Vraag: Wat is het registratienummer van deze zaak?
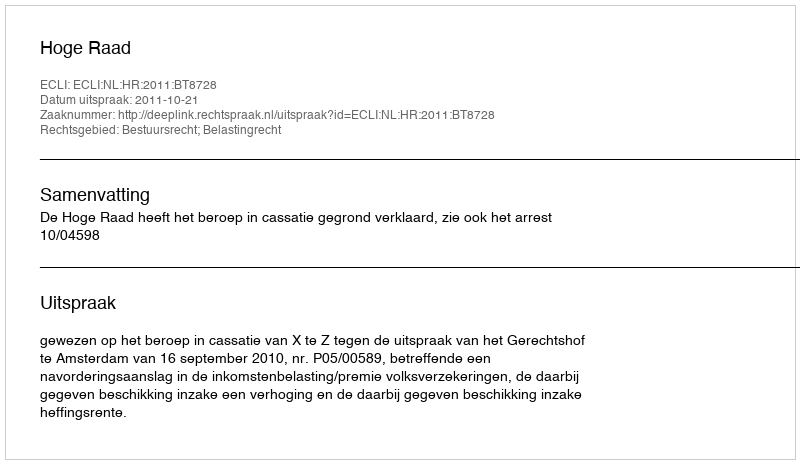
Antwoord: http://deeplink.rechtspraak.nl/uitspraak?id=ECLI:NL:HR:2011:BT8728